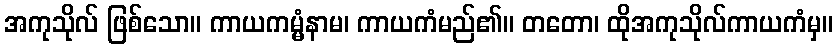
အကုသိုလ် ဖြစ်သော။ ကာယကမ္မံနာမ၊ ကာယကံမည်၏။ တတော၊ ထိုအကုသိုလ်ကာယကံမှ။